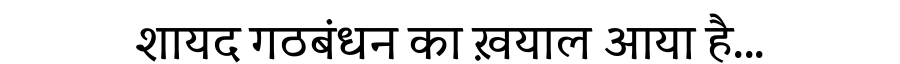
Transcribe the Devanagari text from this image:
शायद गठबंधन का ख़याल आया है...